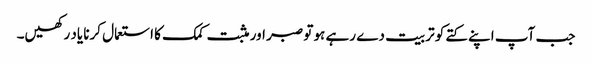
جب آپ اپنے کتے کو تربیت دے رہے ہو تو صبر اور مثبت کمک کا استعمال کرنا یاد رکھیں۔